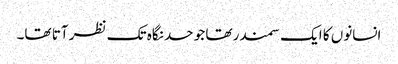
انسانوں کا ایک سمندر تھا جو حد نگاہ تک نظر آتا تھا۔